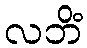
လဘိံ